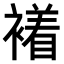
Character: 𧝙